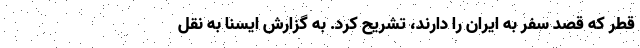
قطر که قصد سفر به ایران را دارند، تشریح کرد. به گزارش ایسنا به نقل